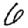
Digit: 6